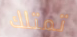
تمتلك